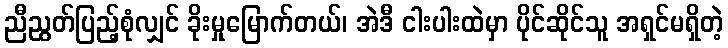
ညီညွတ်ပြည့်စုံလျှင် ခိုးမှုမြောက်တယ်၊ အဲဒီ ငါးပါးထဲမှာ ပိုင်ဆိုင်သူ အရှင်မရှိတဲ့